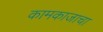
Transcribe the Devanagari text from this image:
कामकाजाचा